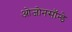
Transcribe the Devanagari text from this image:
ओजोनसॉन्‍डे